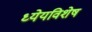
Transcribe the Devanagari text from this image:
ध्येयविशेष